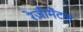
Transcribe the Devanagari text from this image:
रेज़ीमेंटल